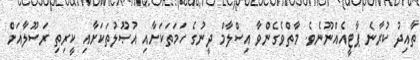
ތާއިދު ކުރާނެ ޕާޓީއެއްނޫނެވެ. މާތްވެގެންވާ އިސްލާމް ދީނުގެ ހަމަތަކަށާއި އުޞޫލުތަކަށާއި ކީރިތި ރަސޫލާއަށް